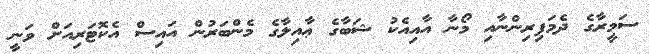
ސަމީރާގެ ދެމަފިރިންނާއި މޯނާ އާއިއެކު ޝަބާގެ ޢާއިލާގެ މެންބަރުން އައިސް އެކޮޓަރިއަށް ވަނީ